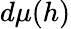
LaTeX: d\mu(h)